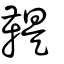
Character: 鞮